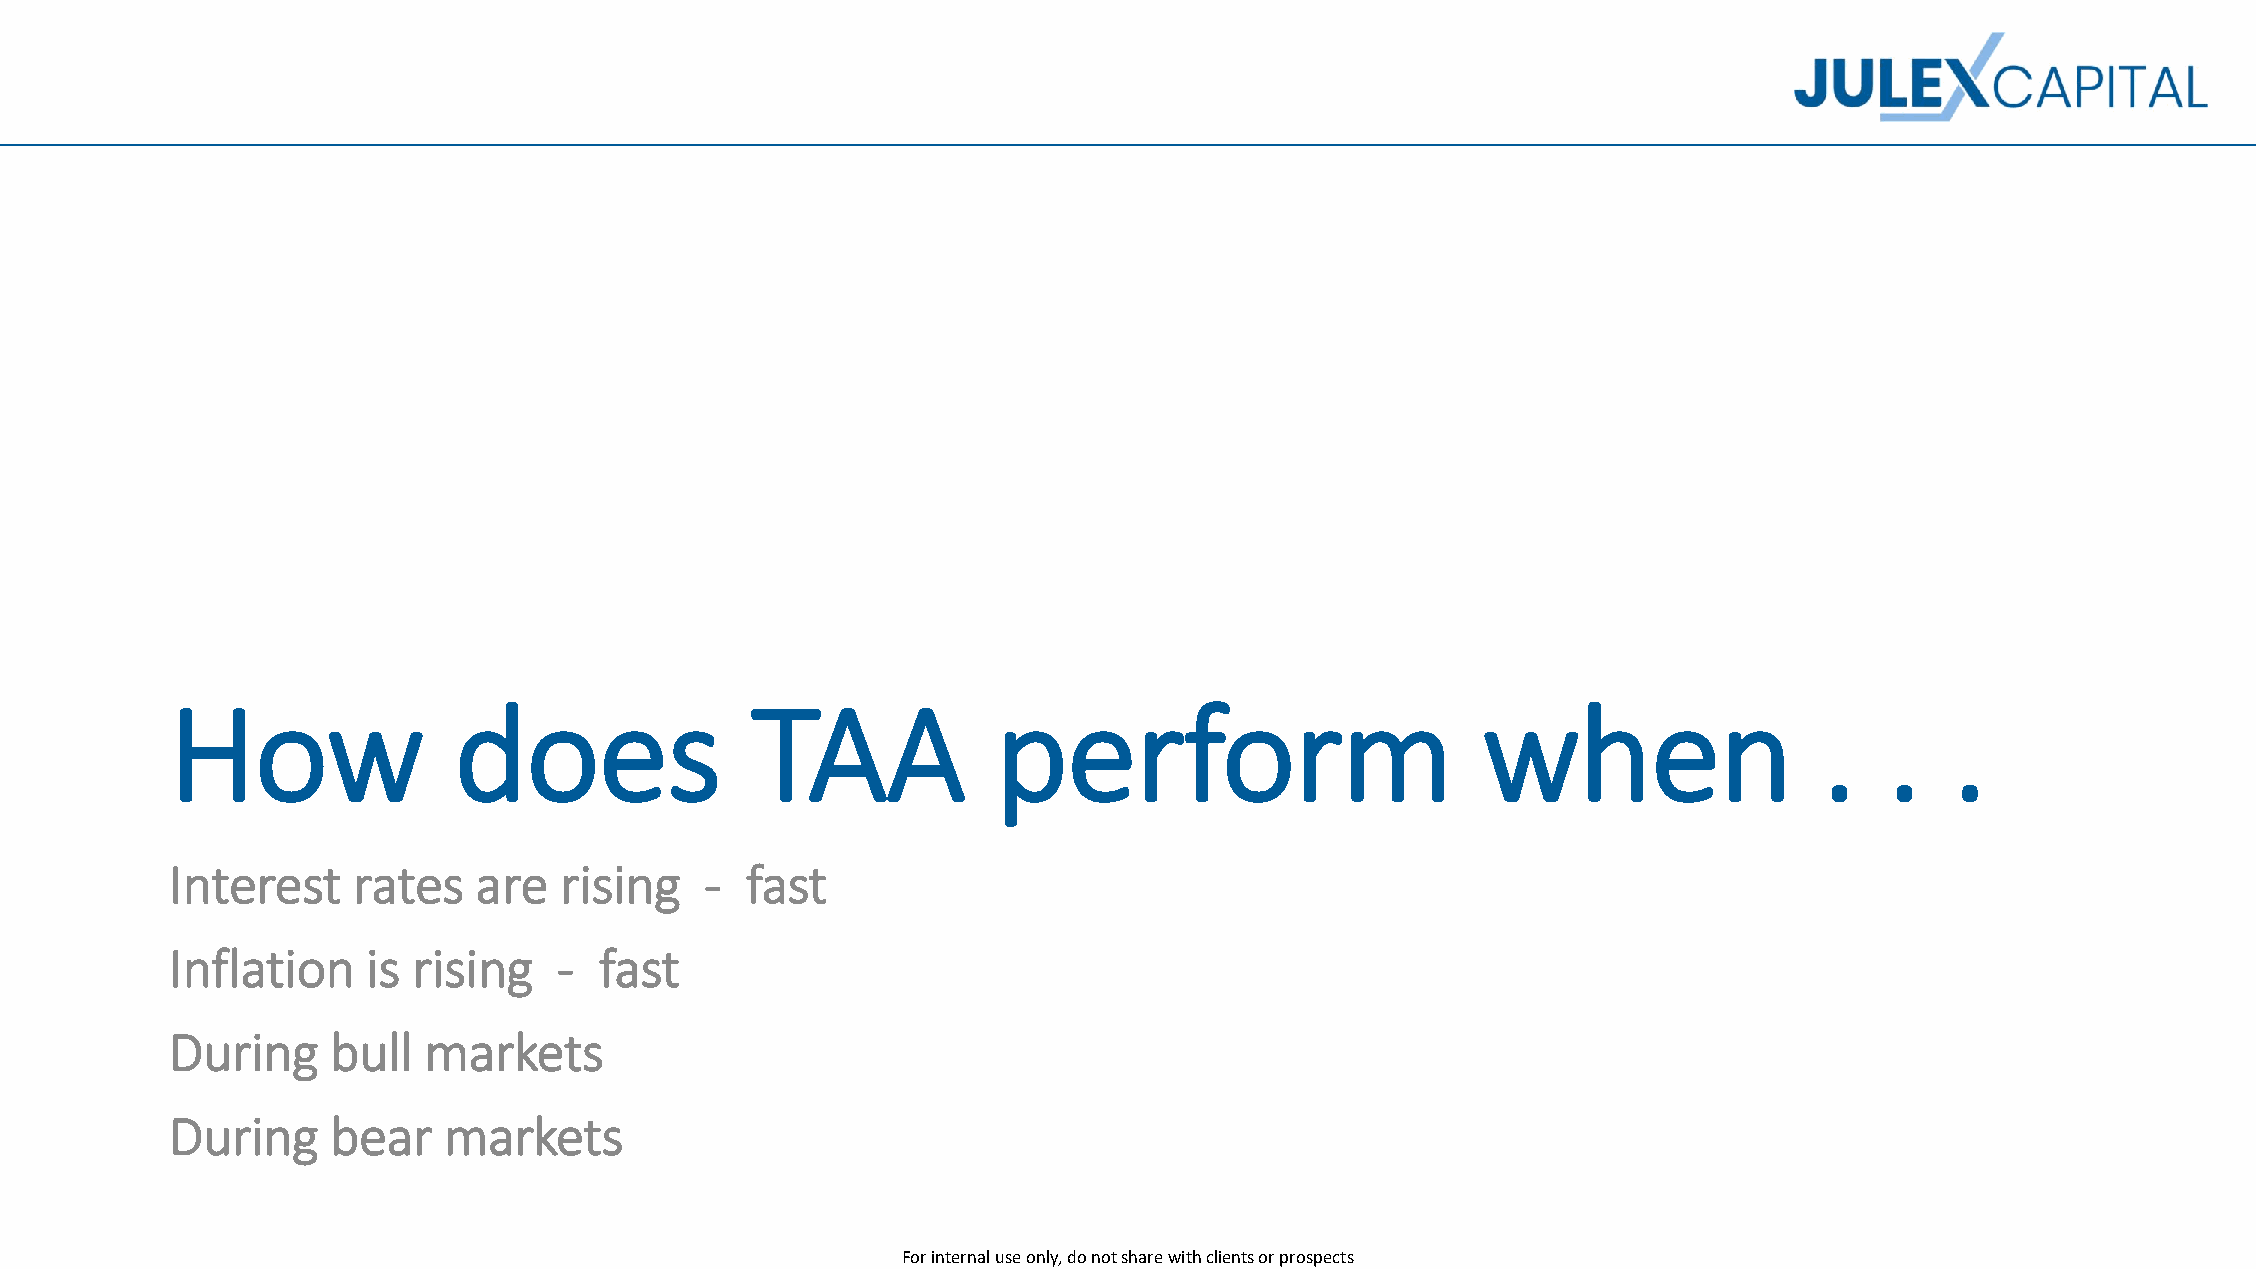
How                does                TAA             perform                         when                   .   .   .
 Interest    rates   are   rising    - fast
 Inflation    is rising    -  fast
 During     bull  markets
 During     bear   markets
 For internal use only, do not share with clients or prospects